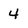
Character: 4